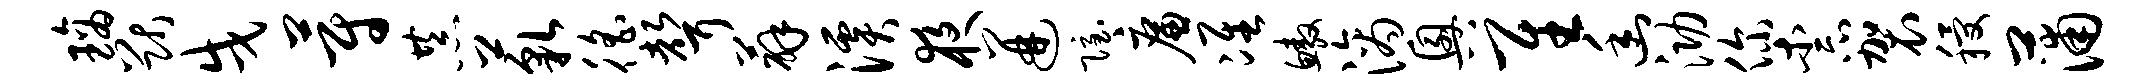
璃猷戌蔚恭藐徭声薜溪夜迸隐廉准鳌滴兴隹幽泐你柰袈稷蒲